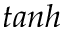
t a n h